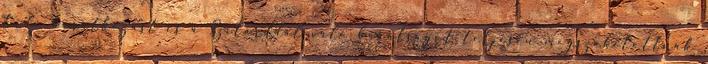
tudó barátkozást és a Szilárddal való barátságot teljesen megszakítottnak